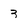
Character: 3